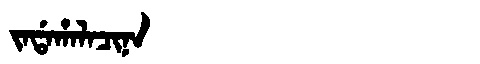
Manchu: ᠵᠠᡩᠠᡥᠠᠯᠠᠴᡳᠨᠠ
Romanization: JADAHALACINA